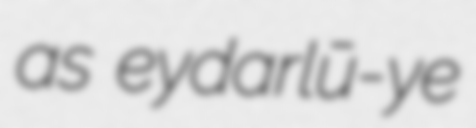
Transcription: as Ḩeydarlū-ye